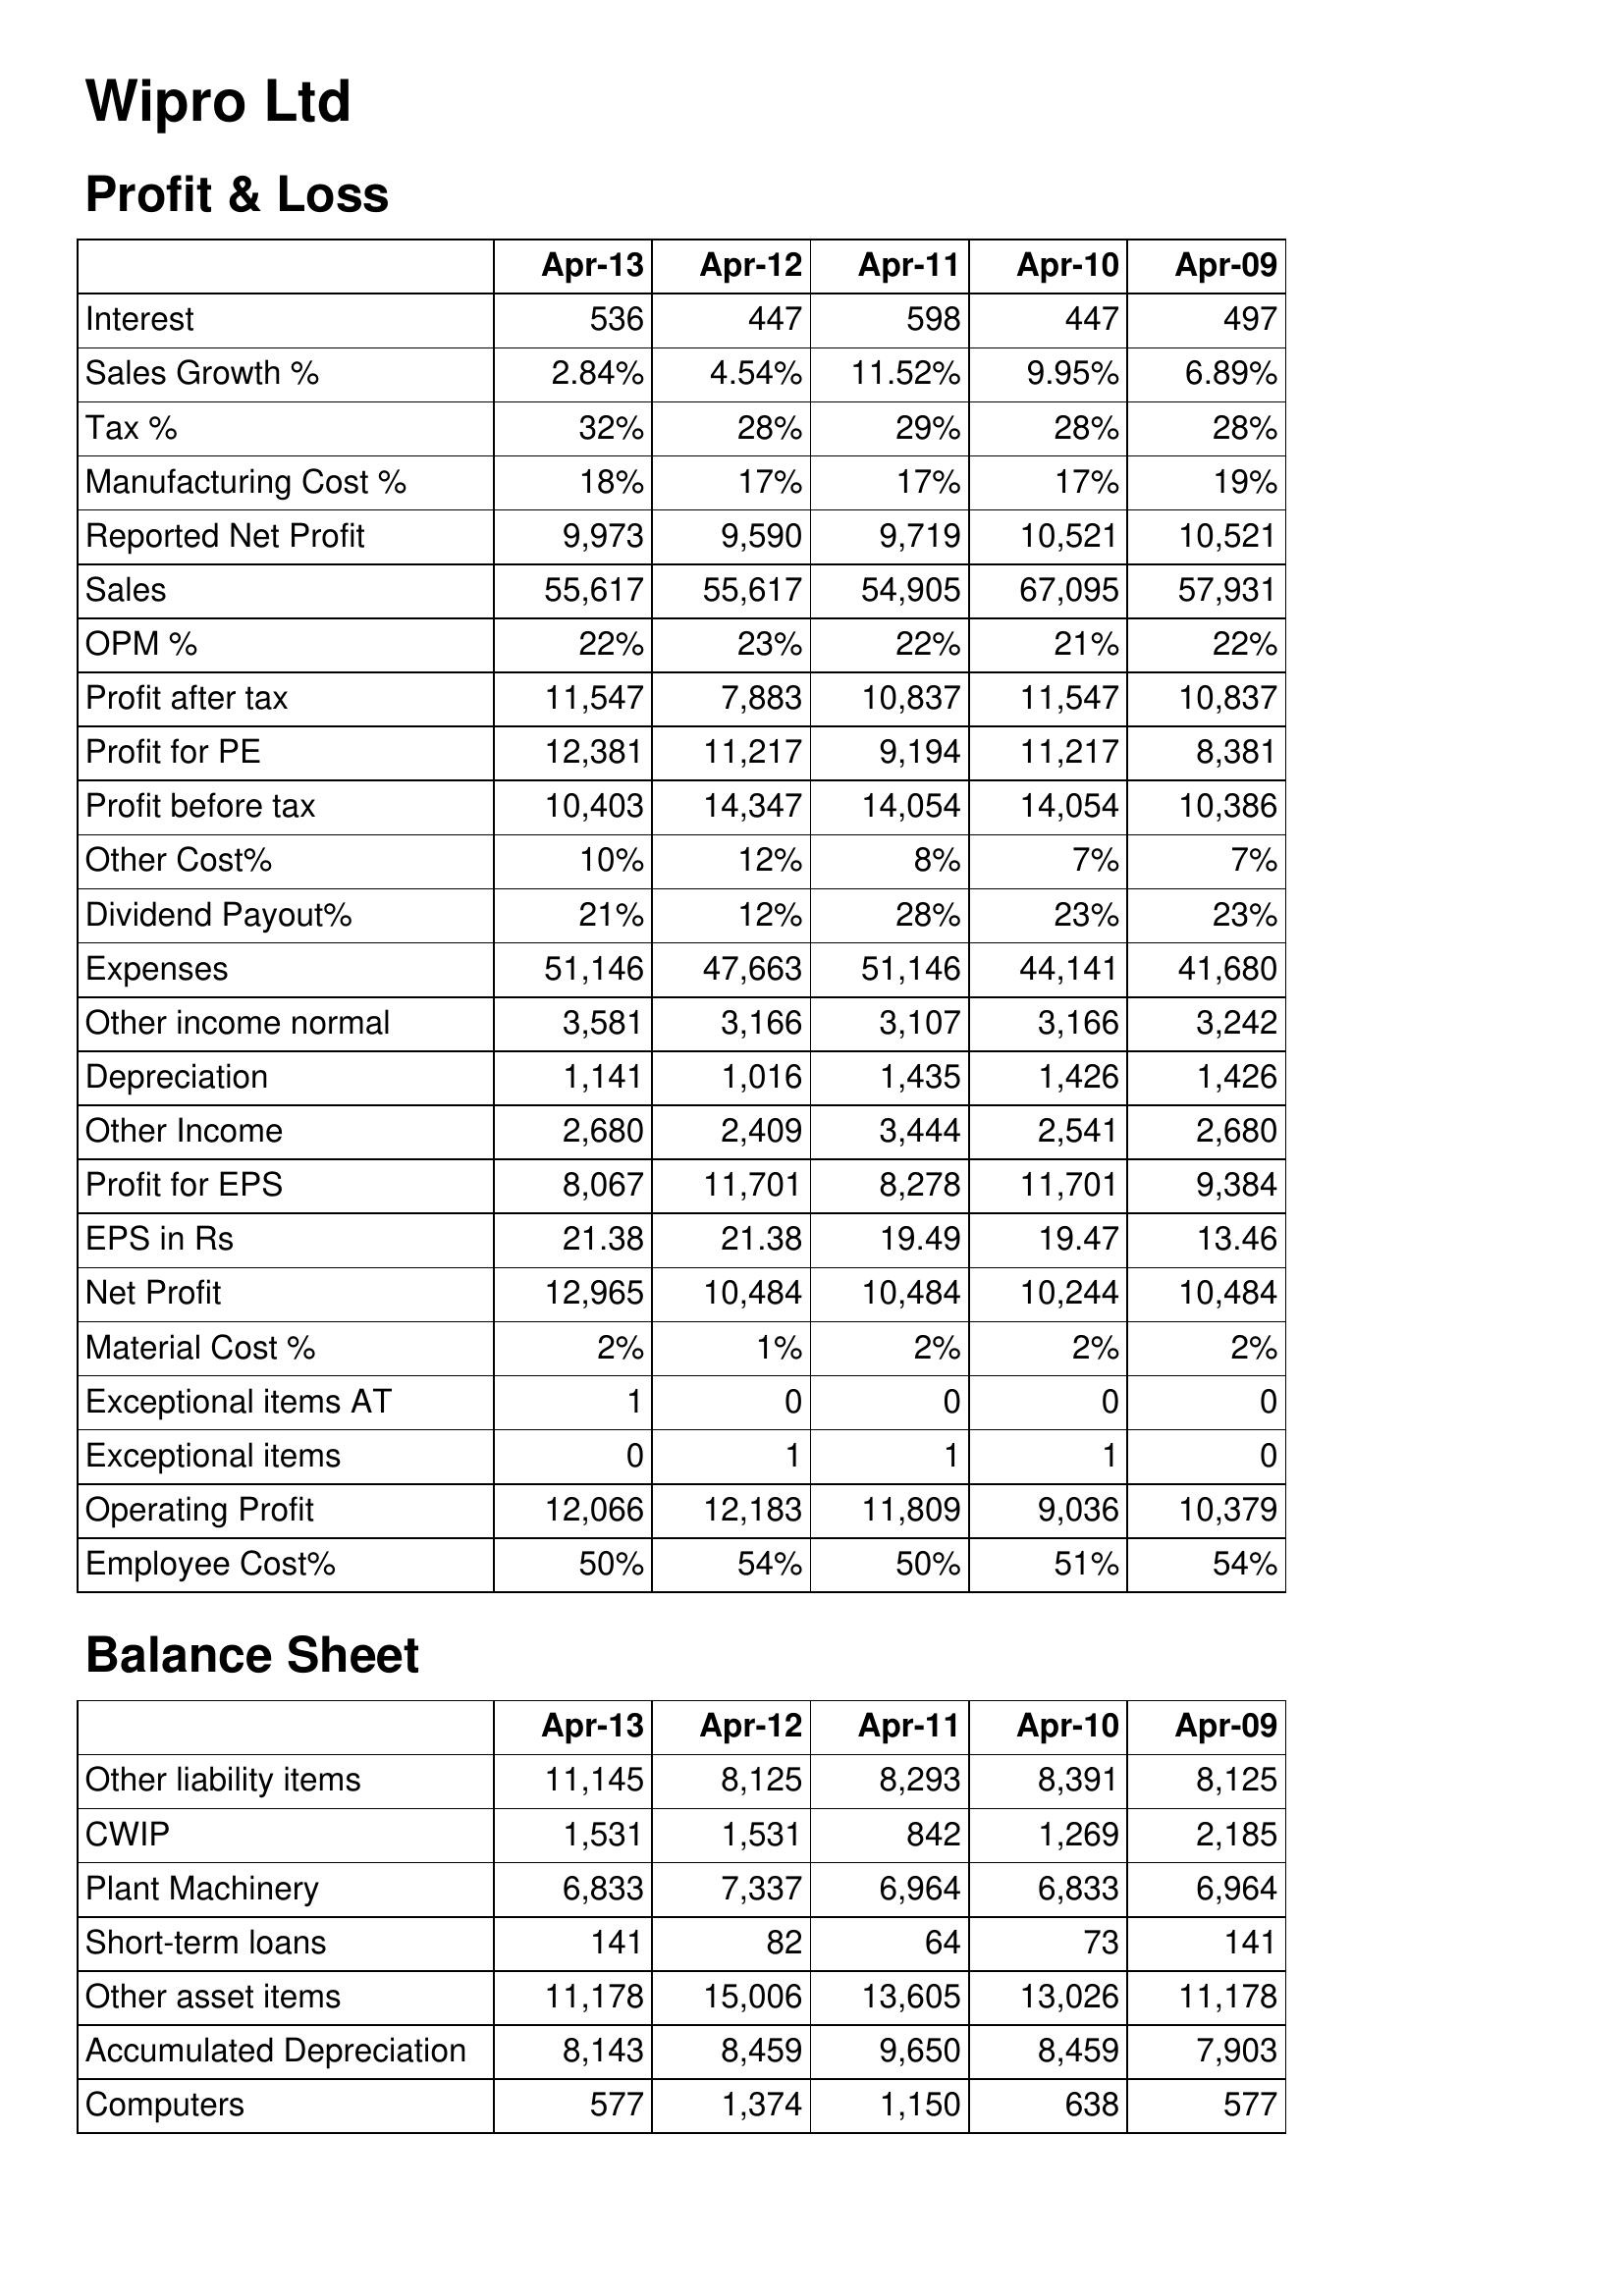
Apr-13: Profit & Loss: Interest: 536
Sales Growth %: 2.84%
Tax %: 32%
Manufacturing Cost %: 18%
Reported Net Profit: 9,973
Sales: 55,617
OPM %: 22%
Profit after tax: 11,547
Profit for PE: 12,381
Profit before tax: 10,403
Other Cost%: 10%
Dividend Payout%: 21%
Expenses: 51,146
Other income normal: 3,581
Depreciation: 1,141
Other Income: 2,680
Profit for EPS: 8,067
EPS in Rs: 21.38
Net Profit: 12,965
Material Cost %: 2%
Exceptional items AT: 1
Exceptional items: 0
Operating Profit: 12,066
Employee Cost%: 50%
Balance Sheet: Other liability items: 11,145
CWIP: 1,531
Plant Machinery: 6,833
Short-term loans: 141
Other asset items: 11,178
Accumulated Depreciation: 8,143
Computers: 577
Apr-12: Profit & Loss: Interest: 447
Sales Growth %: 4.54%
Tax %: 28%
Manufacturing Cost %: 17%
Reported Net Profit: 9,590
Sales: 55,617
OPM %: 23%
Profit after tax: 7,883
Profit for PE: 11,217
Profit before tax: 14,347
Other Cost%: 12%
Dividend Payout%: 12%
Expenses: 47,663
Other income normal: 3,166
Depreciation: 1,016
Other Income: 2,409
Profit for EPS: 11,701
EPS in Rs: 21.38
Net Profit: 10,484
Material Cost %: 1%
Exceptional items AT: 0
Exceptional items: 1
Operating Profit: 12,183
Employee Cost%: 54%
Balance Sheet: Other liability items: 8,125
CWIP: 1,531
Plant Machinery: 7,337
Short-term loans: 82
Other asset items: 15,006
Accumulated Depreciation: 8,459
Computers: 1,374
Apr-11: Profit & Loss: Interest: 598
Sales Growth %: 11.52%
Tax %: 29%
Manufacturing Cost %: 17%
Reported Net Profit: 9,719
Sales: 54,905
OPM %: 22%
Profit after tax: 10,837
Profit for PE: 9,194
Profit before tax: 14,054
Other Cost%: 8%
Dividend Payout%: 28%
Expenses: 51,146
Other income normal: 3,107
Depreciation: 1,435
Other Income: 3,444
Profit for EPS: 8,278
EPS in Rs: 19.49
Net Profit: 10,484
Material Cost %: 2%
Exceptional items AT: 0
Exceptional items: 1
Operating Profit: 11,809
Employee Cost%: 50%
Balance Sheet: Other liability items: 8,293
CWIP: 842
Plant Machinery: 6,964
Short-term loans: 64
Other asset items: 13,605
Accumulated Depreciation: 9,650
Computers: 1,150
Apr-10: Profit & Loss: Interest: 447
Sales Growth %: 9.95%
Tax %: 28%
Manufacturing Cost %: 17%
Reported Net Profit: 10,521
Sales: 67,095
OPM %: 21%
Profit after tax: 11,547
Profit for PE: 11,217
Profit before tax: 14,054
Other Cost%: 7%
Dividend Payout%: 23%
Expenses: 44,141
Other income normal: 3,166
Depreciation: 1,426
Other Income: 2,541
Profit for EPS: 11,701
EPS in Rs: 19.47
Net Profit: 10,244
Material Cost %: 2%
Exceptional items AT: 0
Exceptional items: 1
Operating Profit: 9,036
Employee Cost%: 51%
Balance Sheet: Other liability items: 8,391
CWIP: 1,269
Plant Machinery: 6,833
Short-term loans: 73
Other asset items: 13,026
Accumulated Depreciation: 8,459
Computers: 638
Apr-09: Profit & Loss: Interest: 497
Sales Growth %: 6.89%
Tax %: 28%
Manufacturing Cost %: 19%
Reported Net Profit: 10,521
Sales: 57,931
OPM %: 22%
Profit after tax: 10,837
Profit for PE: 8,381
Profit before tax: 10,386
Other Cost%: 7%
Dividend Payout%: 23%
Expenses: 41,680
Other income normal: 3,242
Depreciation: 1,426
Other Income: 2,680
Profit for EPS: 9,384
EPS in Rs: 13.46
Net Profit: 10,484
Material Cost %: 2%
Exceptional items AT: 0
Exceptional items: 0
Operating Profit: 10,379
Employee Cost%: 54%
Balance Sheet: Other liability items: 8,125
CWIP: 2,185
Plant Machinery: 6,964
Short-term loans: 141
Other asset items: 11,178
Accumulated Depreciation: 7,903
Computers: 577